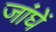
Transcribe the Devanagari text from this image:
जांघें